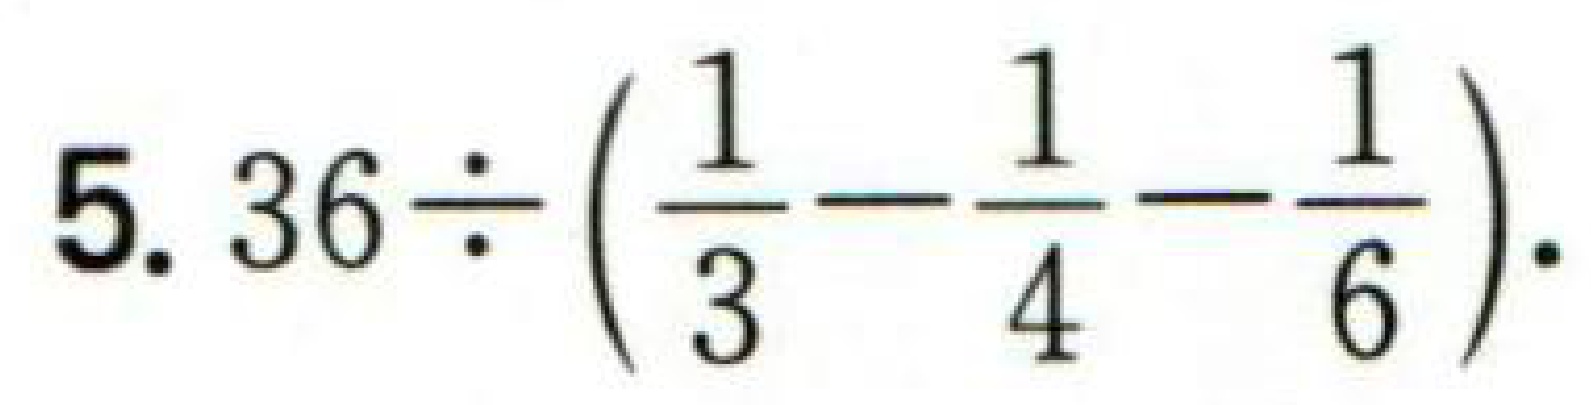
5. $36\div\left(\frac{1}{3}-\frac{1}{4}-\frac{1}{6}\right).$